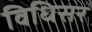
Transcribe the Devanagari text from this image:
विधिसर